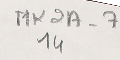
MK2A-7 14